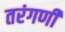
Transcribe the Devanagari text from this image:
तरंगणी